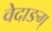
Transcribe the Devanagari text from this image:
वेदाङग्